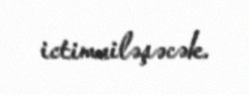
ictimailəşəcək.